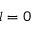
l = 0